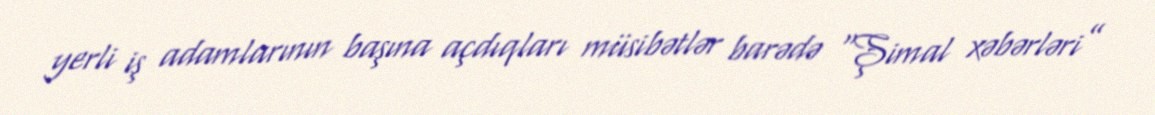
yerli iş adamlarının başına açdıqları müsibətlər barədə “Şimal xəbərləri”